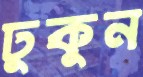
ঢুকুন